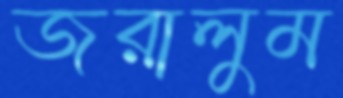
জরালুম